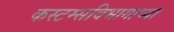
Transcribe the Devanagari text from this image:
कस्टम्सविभागाच्या